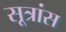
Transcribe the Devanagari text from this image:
सूत्रांस